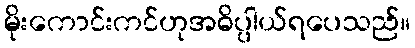
မိုးကောင်းကင်ဟုအဓိပ္ပါယ်ရပေသည်။